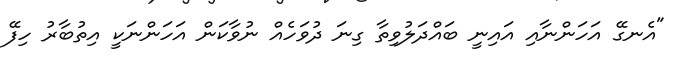
"އެނގޭ އަހަންނާއި އައިނީ ބައްދަލުވިތާ ގިނަ ދުވަހެއް ނުވާކަން އަހަންނަކީ އިތުބާރު ހިފޭ